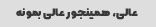
عالى، همینجور عالى بمونه